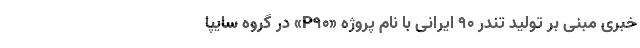
خبری مبنی بر تولید تندر ۹۰ ایرانی با نام پروژه «P90» در گروه سایپا